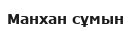
Манхан сұмын